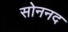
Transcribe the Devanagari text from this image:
सोननद